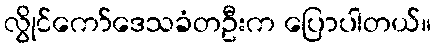
လွိုင်ကော်ဒေသခံတဦးက ပြောပါတယ်။